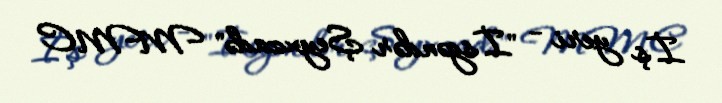
İş yeri - "İsgəndər Şeyxzadə" MMC